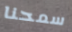
سمحنا